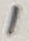
Text: 1